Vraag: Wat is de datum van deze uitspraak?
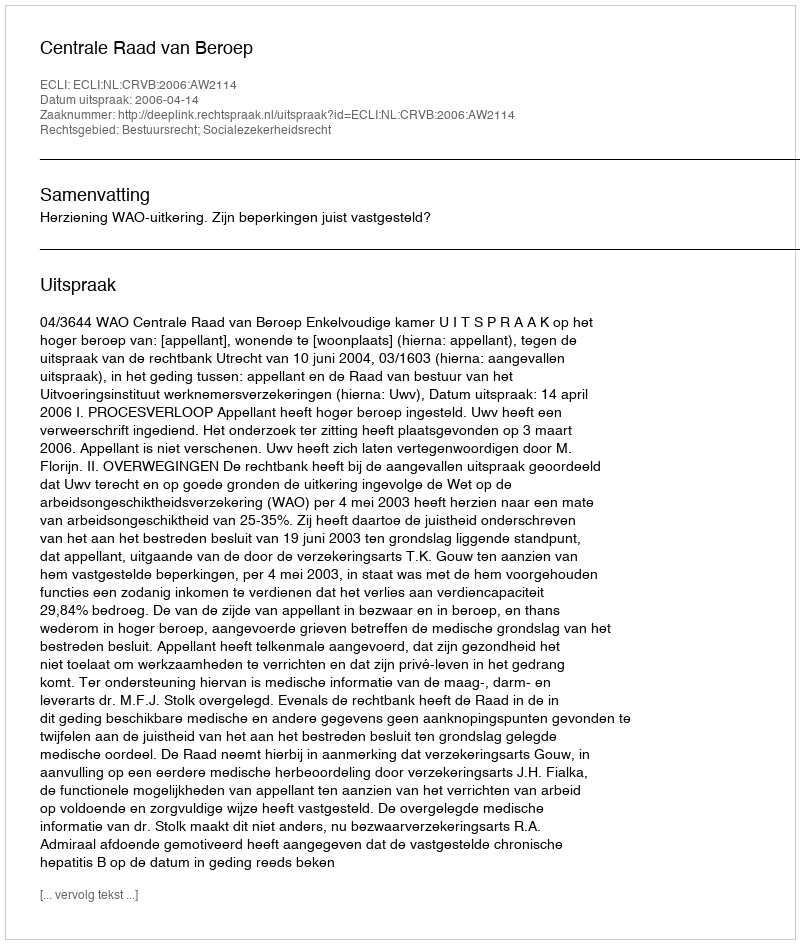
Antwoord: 2006-04-14